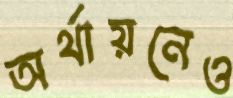
অর্থায়নেও